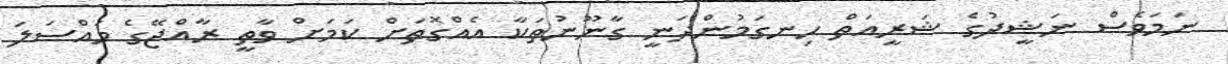
ނަމަވެސް ނަޝީދުގެ ޝަރީއަތް ހިނގަމުންދަނީ ގާނޫނުތަކާ އެއްގޮތަށް ކަމަށް ވާތީ ރާއްޖޭގެ މައްސަލަ